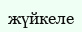
жүйкеле